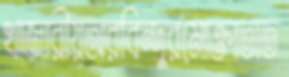
খাজারীয়অরবিন্দুরমোক্তাতাত